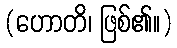
(ဟောတိ၊ ဖြစ်၏။)